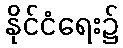
နိုင်ငံရေး၌